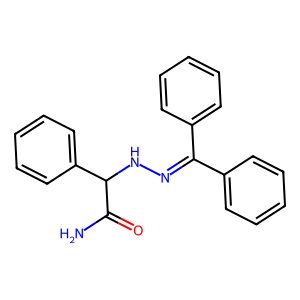
SMILES: NC(=O)C(NN=C(c1ccccc1)c1ccccc1)c1ccccc1
Inhibits HIV replication: No